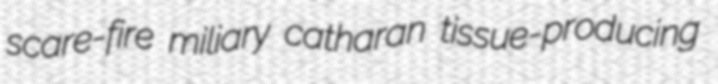
scare-fire miliary catharan tissue-producing